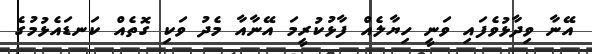
އޭނާ ވިދާޅުވެފައި ވަނީ ހިޔާލެއް ފާޅުކުރީމަ އޭނާއާ މެދު ވަކި ގޮތެއް ކަނޑައެޅުމުގެ